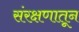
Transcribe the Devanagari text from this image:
संरक्षणातून